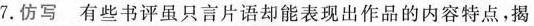
7.仿写有些书评虽只言片语却能表现出作品的内容特点，揭